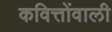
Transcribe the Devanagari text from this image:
कवित्तोंवाली